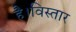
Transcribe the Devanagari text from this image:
है।विस्तार